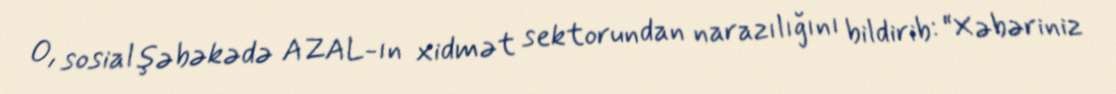
O, sosial şəbəkədə AZAL-ın xidmət sektorundan narazılığını bildirib: “Xəbəriniz